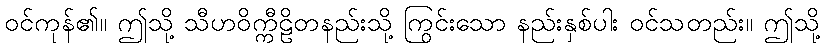
ဝင်ကုန်၏။ ဤသို့ သီဟဝိက္ကီဠိတနည်းသို့ ကြွင်းသော နည်းနှစ်ပါး ဝင်သတည်း။ ဤသို့